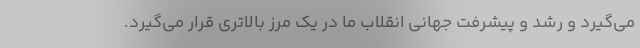
می‌گیرد و رشد و پیشرفت جهانی انقلاب ما در یک مرز بالاتری قرار می‌گیرد.